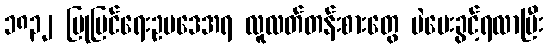
၁၈၃၂ ပြုပြင်ရေးဥပဒေအရ လူလတ်တန်းစားတွေ မဲပေးခွင့်ရလာပြီး